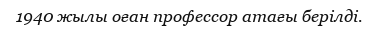
1940 жылы оған профессор атағы берілді.